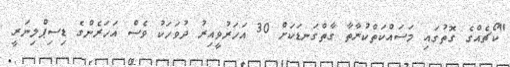
"ކޯޗެއްގެ ގޮތުގައި މަސައްކަތްކުރާތާ ގާތްގަނޑަކަށް 30 އަހަރުވީއިރު ދުވަހަކު ވެސް އަހަރެންގެ ޑިސިޕްލިނަރީ